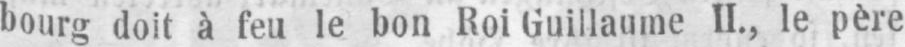
bourg doit à feu le bon RoiGuillaume II., le père